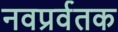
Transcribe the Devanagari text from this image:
नवप्रर्वतक